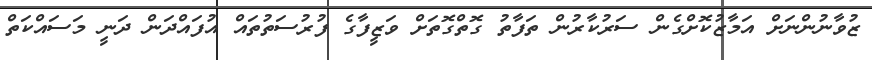
ޒުވާނުންނަށް އަމާޒުކޮށްގެން ސަރުކާރުން ތަފާތު ގޮތްގޮތަށް ވަޒީފާގެ ފުރުސަތުތައް އުފައްދަން ދަނީ މަސައްކަތް